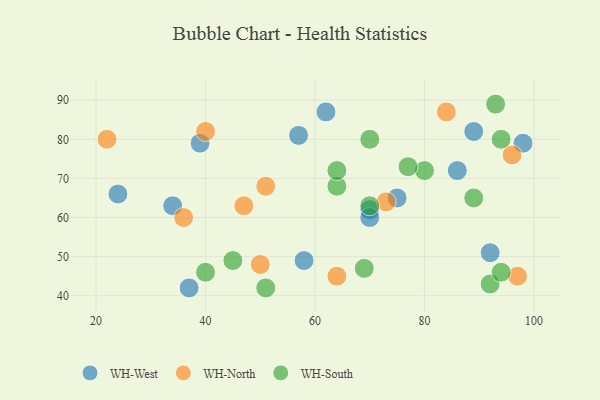
{"axis": {"x": "GDP", "y": "Life Expectancy"}, "legend": ["WH-North", "WH-South", "WH-West"], "data": [{"x": "98", "y": 79, "type": "WH-West"}, {"x": "70", "y": 62, "type": "WH-West"}, {"x": "57", "y": 81, "type": "WH-West"}, {"x": "58", "y": 49, "type": "WH-West"}, {"x": "89", "y": 82, "type": "WH-West"}, {"x": "92", "y": 51, "type": "WH-West"}, {"x": "39", "y": 79, "type": "WH-West"}, {"x": "37", "y": 42, "type": "WH-West"}, {"x": "70", "y": 60, "type": "WH-West"}, {"x": "34", "y": 63, "type": "WH-West"}, {"x": "24", "y": 66, "type": "WH-West"}, {"x": "75", "y": 65, "type": "WH-West"}, {"x": "86", "y": 72, "type": "WH-West"}, {"x": "62", "y": 87, "type": "WH-West"}, {"x": "97", "y": 45, "type": "WH-North"}, {"x": "84", "y": 87, "type": "WH-North"}, {"x": "73", "y": 64, "type": "WH-North"}, {"x": "47", "y": 63, "type": "WH-North"}, {"x": "36", "y": 60, "type": "WH-North"}, {"x": "50", "y": 48, "type": "WH-North"}, {"x": "96", "y": 76, "type": "WH-North"}, {"x": "22", "y": 80, "type": "WH-North"}, {"x": "64", "y": 45, "type": "WH-North"}, {"x": "51", "y": 68, "type": "WH-North"}, {"x": "40", "y": 82, "type": "WH-North"}, {"x": "89", "y": 65, "type": "WH-South"}, {"x": "45", "y": 49, "type": "WH-South"}, {"x": "92", "y": 43, "type": "WH-South"}, {"x": "51", "y": 42, "type": "WH-South"}, {"x": "80", "y": 72, "type": "WH-South"}, {"x": "64", "y": 68, "type": "WH-South"}, {"x": "69", "y": 47, "type": "WH-South"}, {"x": "64", "y": 72, "type": "WH-South"}, {"x": "77", "y": 73, "type": "WH-South"}, {"x": "94", "y": 46, "type": "WH-South"}, {"x": "93", "y": 89, "type": "WH-South"}, {"x": "70", "y": 63, "type": "WH-South"}, {"x": "70", "y": 80, "type": "WH-South"}, {"x": "40", "y": 46, "type": "WH-South"}, {"x": "94", "y": 80, "type": "WH-South"}]}